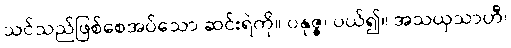
သင်သည်ဖြစ်စေအပ်သော ဆင်းရဲကို။ ပနုဇ္ဇ၊ ပယ်၍။ အသယှသာဟီ၊